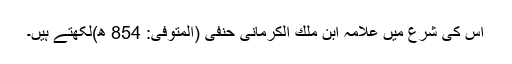
اس کی شرع میں علامہ ابن ملك الكرمانی حنفی (المتوفى: 854 ھ)لکھتے ہیں۔